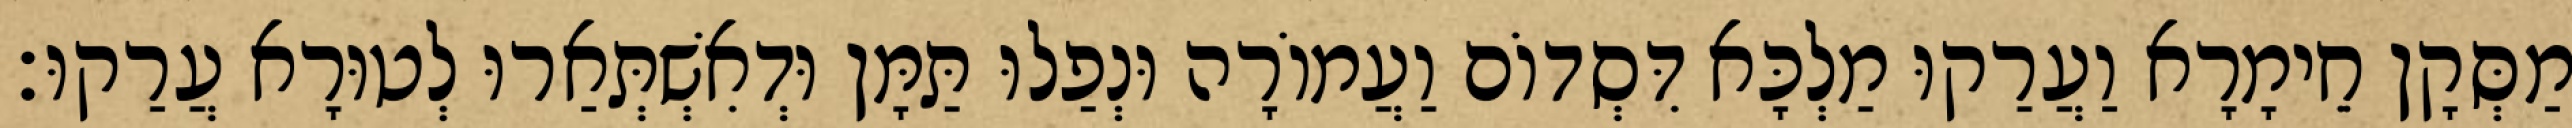
מַסְּקָן חֵימָרָא וַעֲרַקוּ מַלְכָּא דִּסְדוֹם וַעֲמוֹרָה וּנְפַלוּ תַּמָּן וּדְאִשְׁתְּאַרוּ לְטוּרָא עֲרַקוּ׃